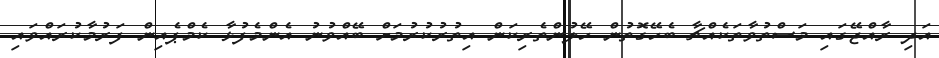
އަދި ރާއްޖޭގައި މަސްތުވާތަކެއްޗާ ބެހޭގޮތުން ހޭލުންތެރިކަން އިތުރުކުރުމަށް ބޭއްވުނު އެންމެފުޅާ ކެމްޕެއިން ފަރުމާކުރައްވައި